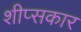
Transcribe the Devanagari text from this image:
शीप्सकार